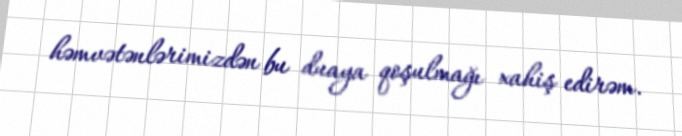
həmvətənlərimizdən bu duaya qoşulmağı xahiş edirəm.